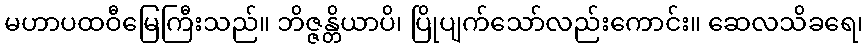
မဟာပထဝီမြေကြီးသည်။ ဘိဇ္ဇန္တိယာပိ၊ ပြိုပျက်သော်လည်းကောင်း။ ဆေလသိခရေ၊